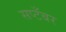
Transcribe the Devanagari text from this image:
सप्टँबर